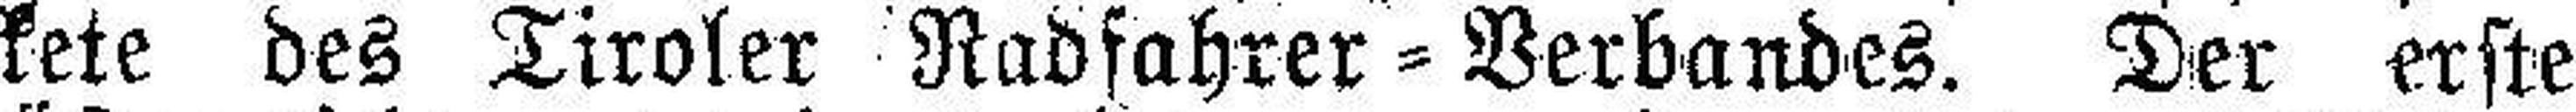
kete des Tiroler Radfahrer=Verbandes. Der erste